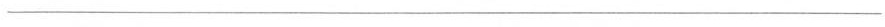
___